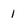
Character: 1